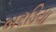
બરડિયા